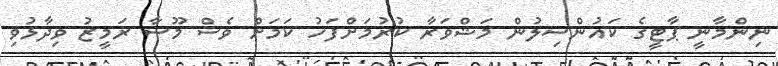
ނިންމާނީ ޕާޓީގެ ކައުންސިލުން މަޝްވަރާ ކުރުމަށްފަހު ކަމަށް ވެސް މޫސާ ރަމީޒު ވިދާޅުވި